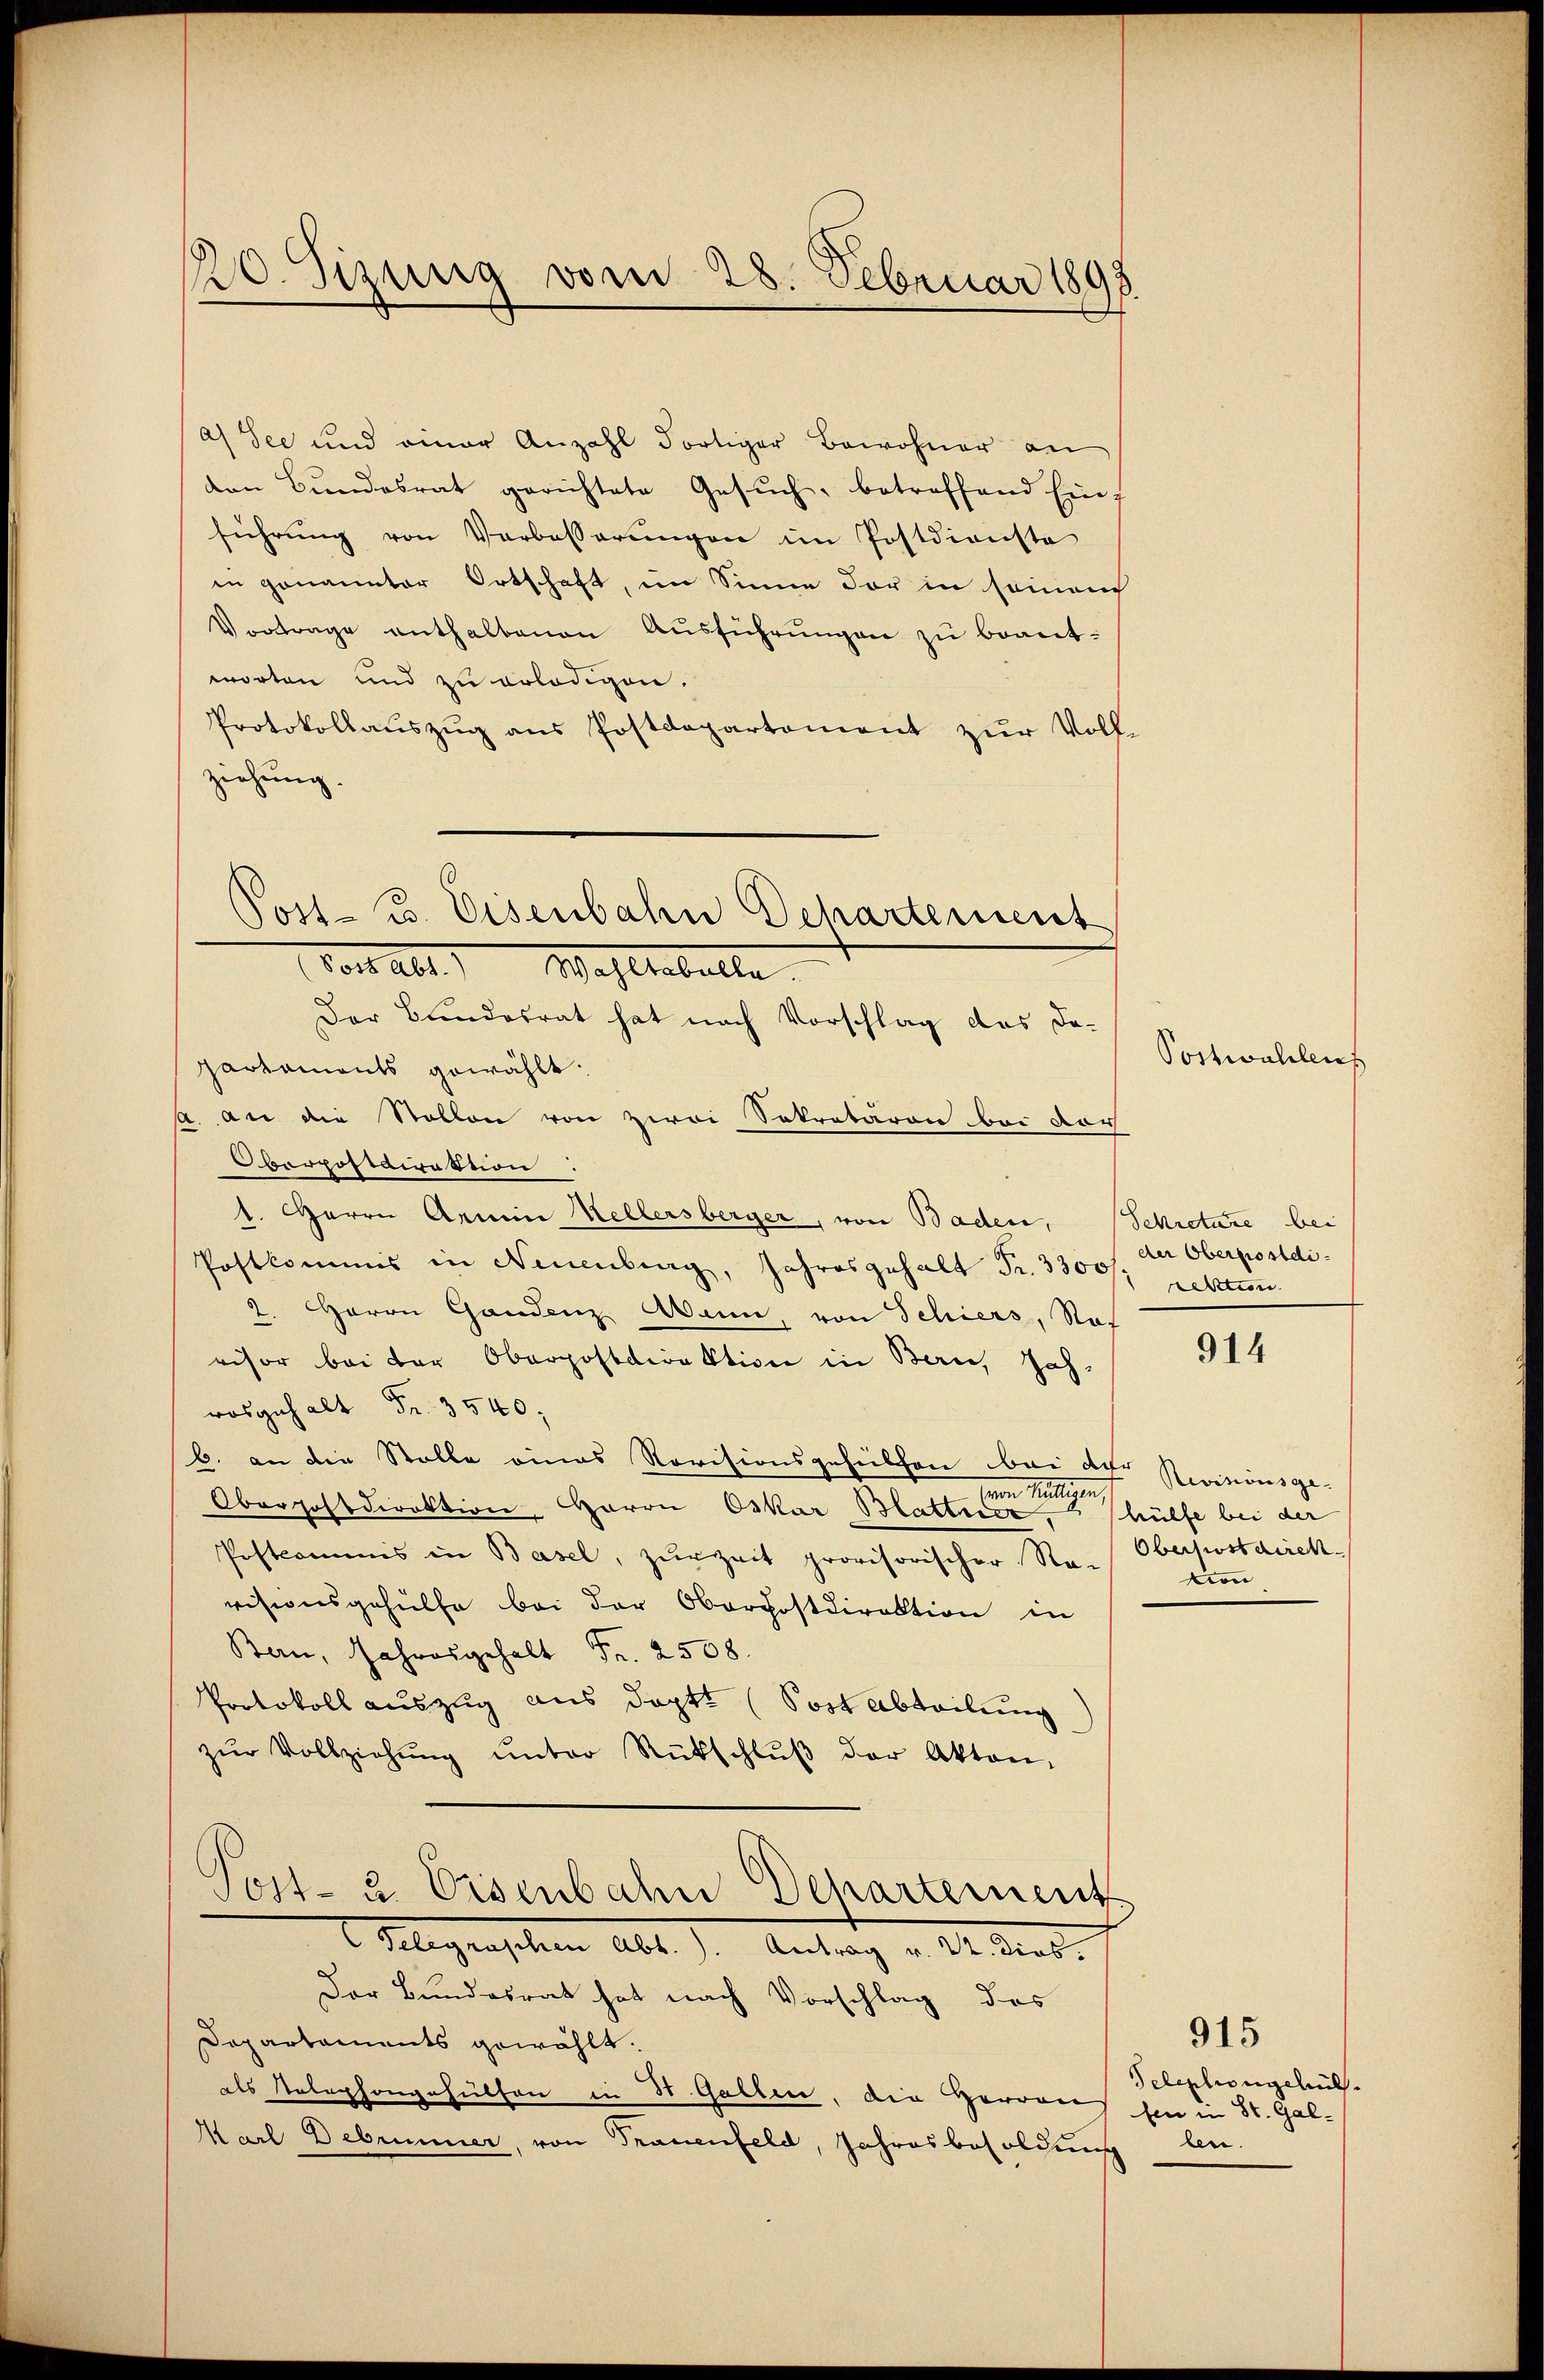
1220. Sizung vom 28. Februar 1898

a) See und einer Anzahl dortiger Bewohner an
ven Bŭndesrat gerichtete Gesŭch, betreffend Einf
führung von Verbesserungen im Postdienste
in genannter Ortschaft, im Sinne der in seinau
Vortrage enthalbanen Aŭsführŭngen zu beantworten und zu erledigen.
Protokollaŭszŭg ans Postdepartement zŭr Voll-
ziehung.

Post- u. Eisenbahn Departement
Vor Abt.) Waltabelle

Der Bundesrat hat nach Vorschlag das Da-
partaments gewählt.
a. An die Stollen von zwei Sekretären bei dar
Oberpostdirektion:
1. Herrn Armin Kellersberger, von Baden,
Postkommis in Neuenburg, Jahresgehalt Fr. 3300/; Letzten
2. Herrn Gandenz Wim, von Schiers, Naf
visor bei der Oberpostdirektion in Bern, Jahrosgehalt Fr. 3540;
b. an die Stolle eines Revisionsgehülfen bei der Revisionsge-
Heren Milligen,
Oberpostdirektion, Herrn Oskar Mattner.
Postcommis in Basel, zŭr Zeit provisorischer Re-Oberpostdirekvisionsgehülfe bei der Oberpostdirektion in
Bern, Jahresgehalt Fr. 2508.
Protokoll auszug aus doptt (Sost Abteilung
zŭr Vollziehŭng ŭnter Rückschlŭβ der Akten,
Post- u. Eisenbahn Departement
Telegraphen Abt.). Antrag v. M. dies.

Der Bundesrat hat nach Vorschlag des

Departaments gewählt.
als Telephongehuthon in St. Gallen, die Herrner
Marl Debrunner, von Trauenfeld, Jahresbesoldung

Postwahlen

Sekretäre bei
der Oberpostdi¬

914

hülfe bei der
von

Telephongehülfen in St. Gallen.

915